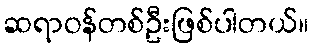
ဆရာဝန်တစ်ဦးဖြစ်ပါတယ်။